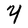
Character: Y